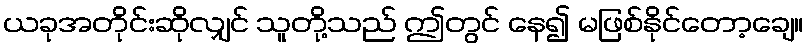
ယခုအတိုင်းဆိုလျှင် သူတို့သည် ဤတွင် နေ၍ မဖြစ်နိုင်တော့ချေ။